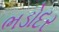
ભડોદર